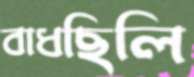
বাধছিলি